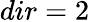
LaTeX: dir=2